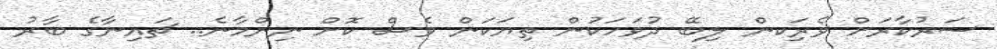
ސަރުކާރަށް ވެރިަކން ލިބޭ ދުވަހަކުން ތިޔަކަން ވެސް ކޮށް ނިންމާނެ.. ޗައިނާގެ ބާރު